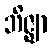
ဘိဇ္ဈာ